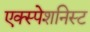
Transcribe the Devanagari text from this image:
एक्स्पेशनिस्ट